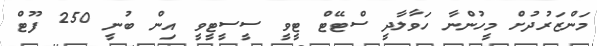
މަންޒަރުދުށް މީހުންނާ ހަވާލާދީ ސްޓޭޓް ޓީވީ ސީސީޓީވީ އިން ބުނީ 250 ފޫޓް